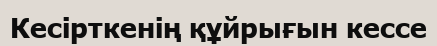
Кесірткенің құйрығын кессе